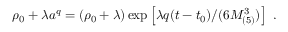
\rho _ { 0 } + \lambda a ^ { q } = \left( \rho _ { 0 } + \lambda \right) \exp \left[ \lambda q ( t - t _ { 0 } ) / ( 6 M _ { ( 5 ) } ^ { 3 } ) \right] \ .